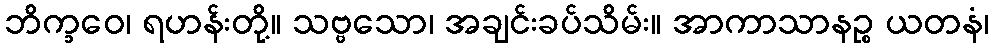
ဘိက္ခဝေ၊ ရဟန်းတို့။ သဗ္ဗသော၊ အချင်းခပ်သိမ်း။ အာကာသာနဉ္စ ယတနံ၊